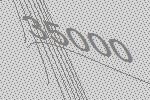
35000